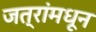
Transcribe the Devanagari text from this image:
जत्रांमधून